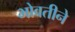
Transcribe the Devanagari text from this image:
भोवतीने